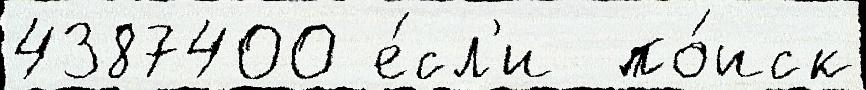
4387400 е́сл'и  по́иск